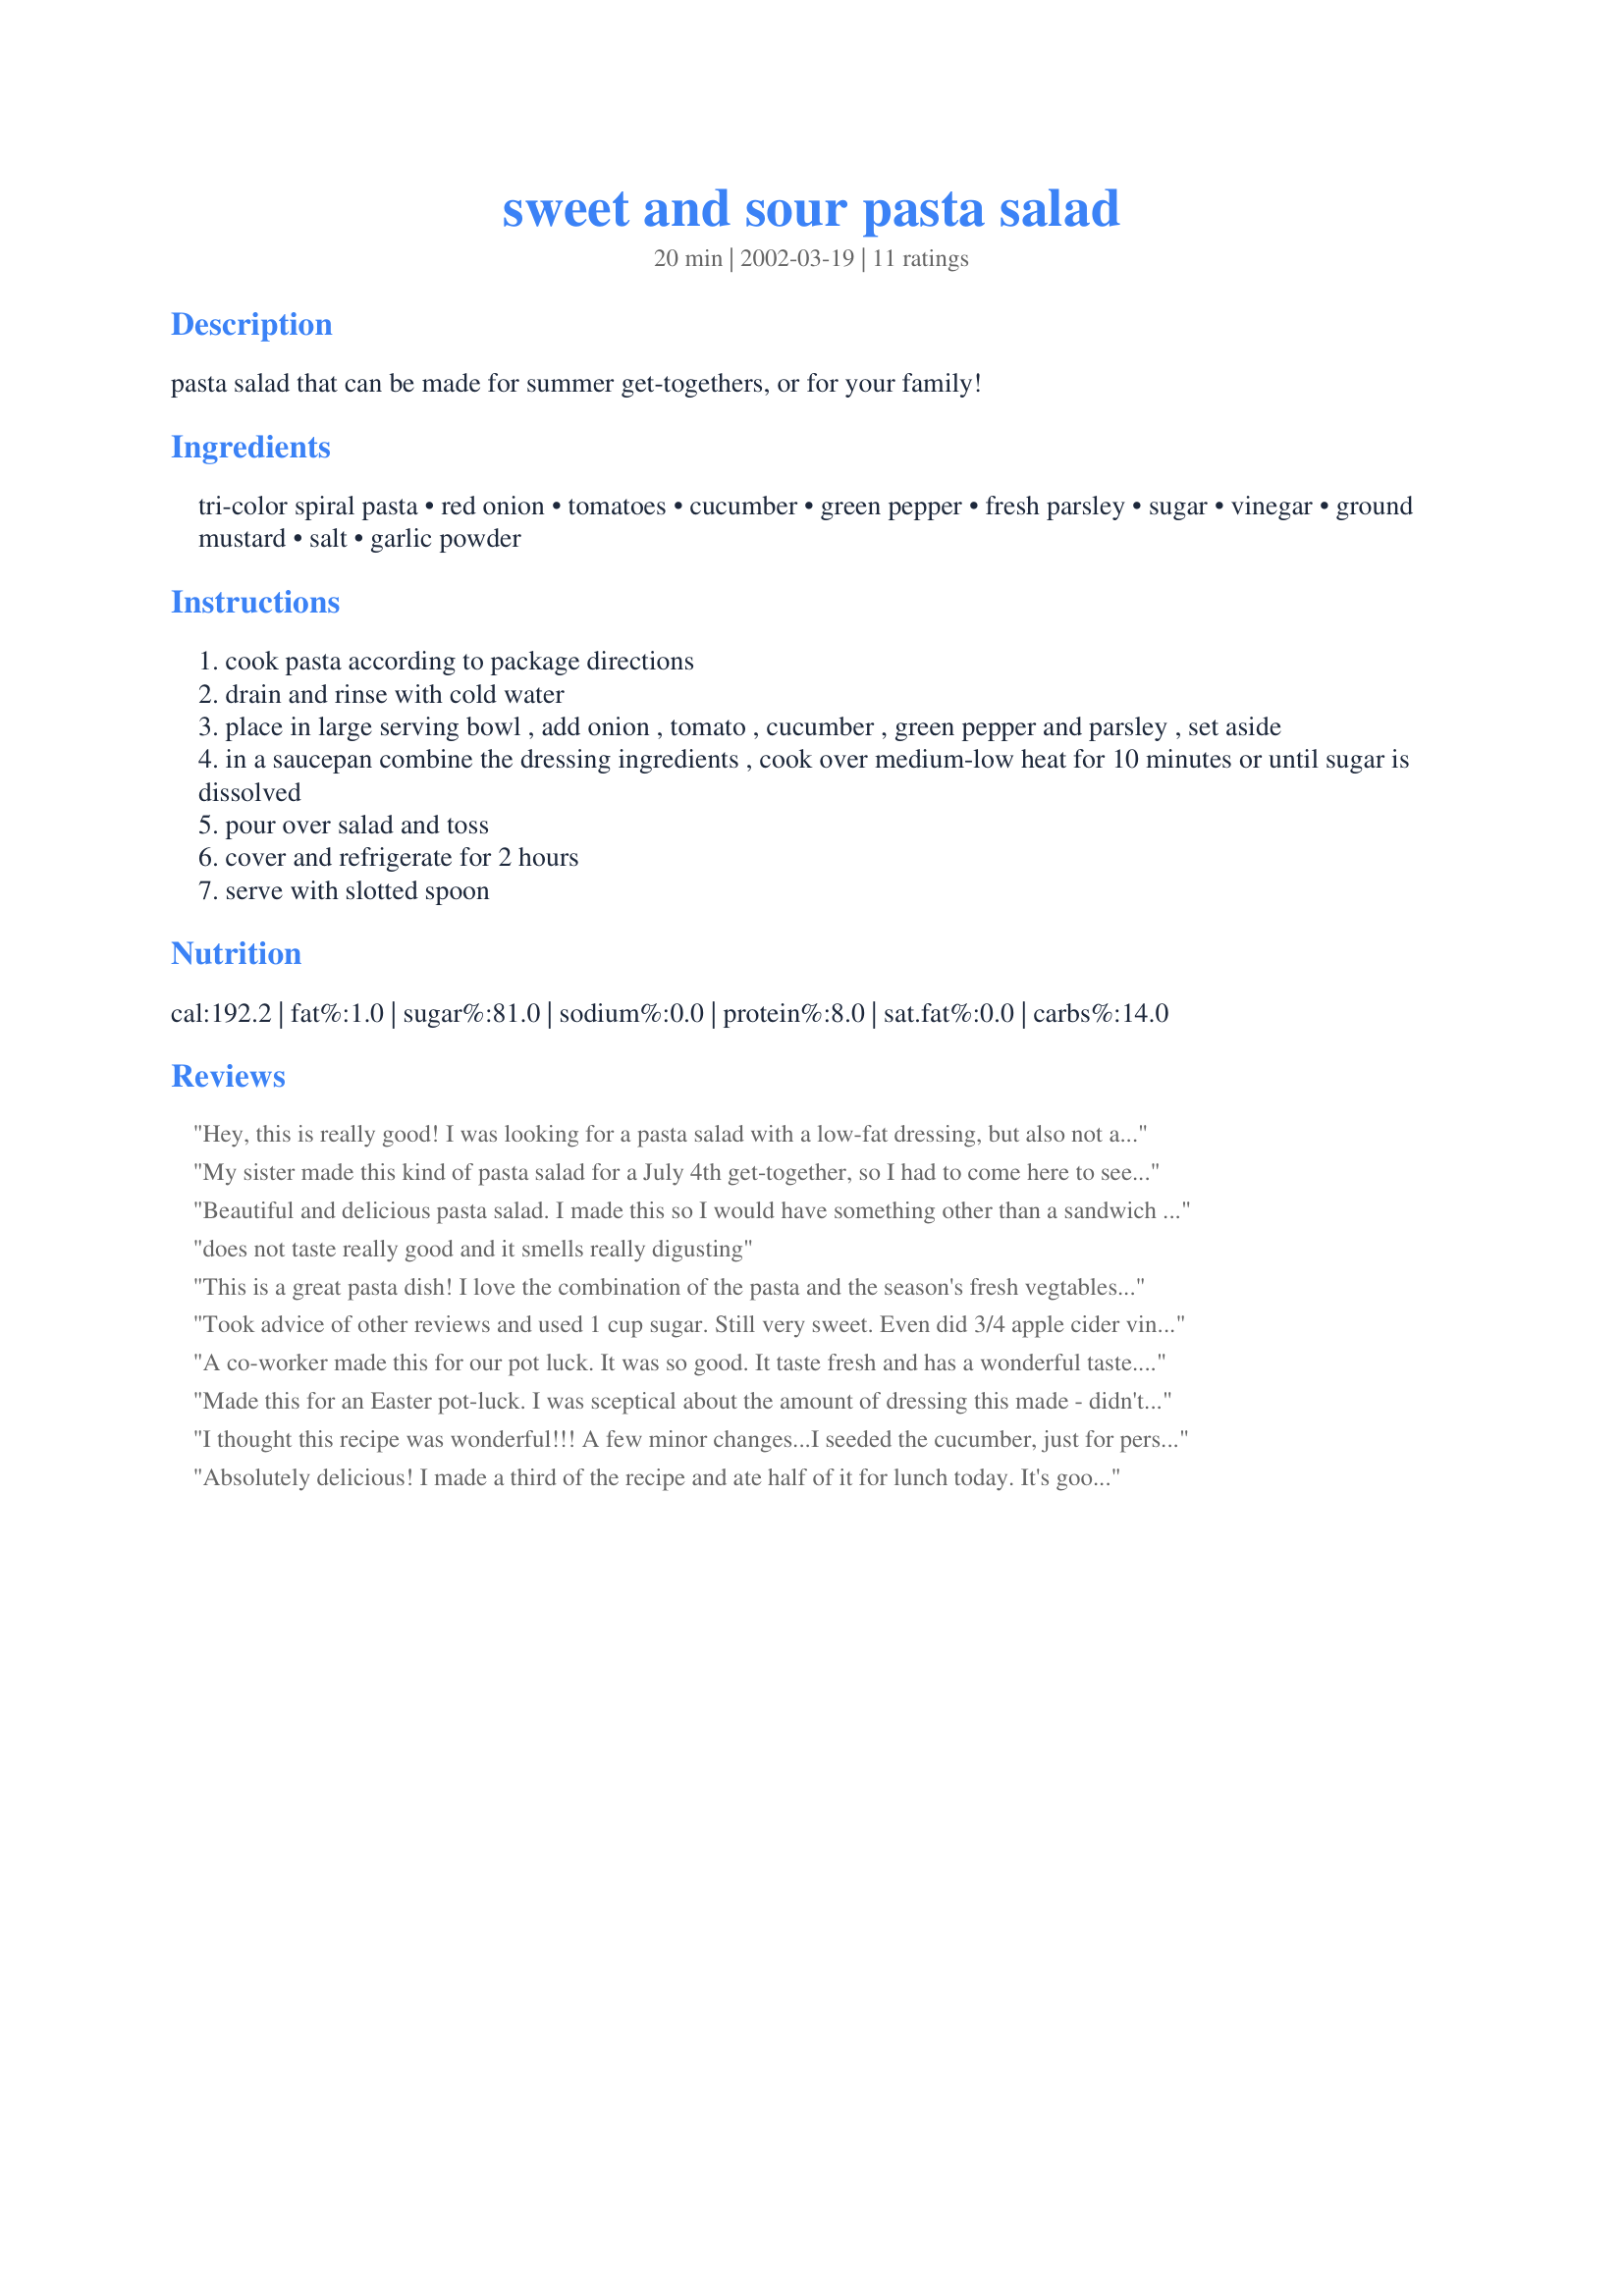
sweet and sour pasta salad
Preparation time: 20 minutes

pasta salad that can be made for summer get-togethers, or for your family!

Ingredients:
tri-color spiral pasta, red onion, tomatoes, cucumber, green pepper, fresh parsley, sugar, vinegar, ground mustard, salt, garlic powder

Steps:
cook pasta according to package directions
drain and rinse with cold water
place in large serving bowl , add onion , tomato , cucumber , green pepper and parsley , set aside
in a saucepan combine the dressing ingredients , cook over medium-low heat for 10 minutes or until sugar is dissolved
pour over salad and toss
cover and refrigerate for 2 hours
serve with slotted spoon

Reviews:
Hey, this is really good! I was looking for a pasta salad with a low-fat dressing, but also not a vinaigrette. This is perfect; I did only use 1 cup sugar and that was still sweet enough that hubby asked &quot;Did you put sugar in this?&quot; But it&#039;s really good! I decrease the pasta, and add chickpeas and more veggies. Smoked sun-dried tomatoes are awesome in this!!
My sister made this kind of pasta salad for a July 4th get-together, so I had to come here to see if I could find the recipe. This one is pretty close. I made it today and it is really good. I reduced the amount of sugar to only 1 cup and it was still pretty sweet. I also used only 1 tsp. of mustard powder. I highly recommend this recipe. It's perfect to take to a picnic or a summer get-together.
Beautiful and delicious pasta salad. I made this so I would have something other than a sandwich to take to lunch. I trimmed off 1/2 cup of sugar in the dressing just to cut down on the calories. It still had a good sweet-sour taste. The flavors blended well overnight. Thanks for this yummy recipe.
does not taste really good and it smells really digusting
This is a great pasta dish! I love the combination of the pasta and the season's fresh vegtables. The dressing went perfectly with it. In fact, I thought it was even better the next day. Thank you for sharing. :-)
Took advice of other reviews and used 1 cup sugar. Still very sweet. Even did 3/4 apple cider vinegar and 1/4 cup water. Also changed mustard powder to mustard seed, personal preference. It is good, but I think may go with 1/2 to 3/4 cup sugar next time. Maybe with white vinegar it would be a little more sour.
A co-worker made this for our pot luck. It was so good. It taste fresh and has a wonderful taste. I made this for my family. I substituted the multi color pasta for angel hair noodles. This is a great dish to make.
Made this for an Easter pot-luck. I was sceptical about the amount of dressing this made - didn't think it would be enough but it was. Took the suggestion from Jillian and used only one cup of sugar and used apple cider vinegar. Very good and a nice change of pace from the ususal Itanian dressing type pasta salad.
I thought this recipe was wonderful!!! A few minor changes...I seeded the cucumber, just for personal preference, and added some ground black pepper. My entire family, as well as myself, loved the flavor combinations in this salad!! Definite keeper! Can't wait to make this for summer BBQ's !! Thanks so much for posting:)
~Manda
Absolutely delicious! I made a third of the recipe and ate half of it for lunch today. It's good as-is for a side dish, but I think I'll add some white-meat chicken next time I'm having it as a meal. :)
Not a big fan of this one, I was looking for a runny sauce and it came out sticky almost and I think for the amount of pasta there just was not enough sauce to cover all, or atleast I was looking for a more generous amount... I ended up adding more vinegar before refridgerating because it was way too sweet. The recipe did not have a good balance of sweet and sour, without making alternations to it.
